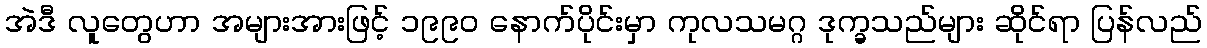
အဲဒီ လူတွေဟာ အများအားဖြင့် ၁၉၉၀ နောက်ပိုင်းမှာ ကုလသမဂ္ဂ ဒုက္ခသည်များ ဆိုင်ရာ ပြန်လည်